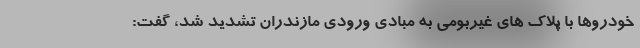
خودروها با پلاک های غیربومی به مبادی ورودی مازندران تشدید شد، گفت: